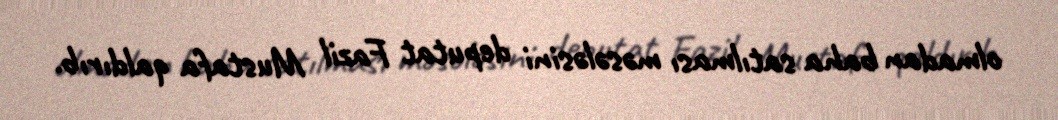
olmadan baha satılması məsələsini deputat Fazil Mustafa qaldırıb.